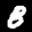
Label: 8